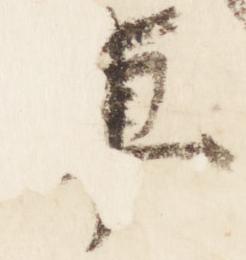
車